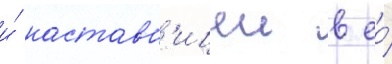
и́ наставн'ицеи в ео́